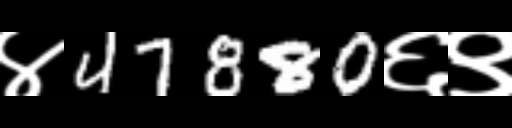
Text: ४47880६९